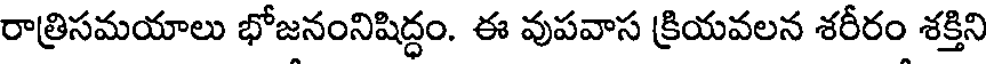
రాత్రిసమయాలు భోజనంనిషిద్ధం. ఈ వుపవాస క్రియవలన శరీరం శక్తిని